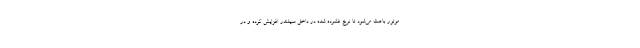
موتور باعث می‌شود تا نرخ فشرده شده در داخل سیلندر افزایش کرده و در